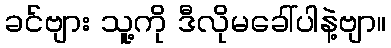
ခင်ဗျား သူ့ကို ဒီလိုမခေါ်ပါနဲ့ဗျာ။